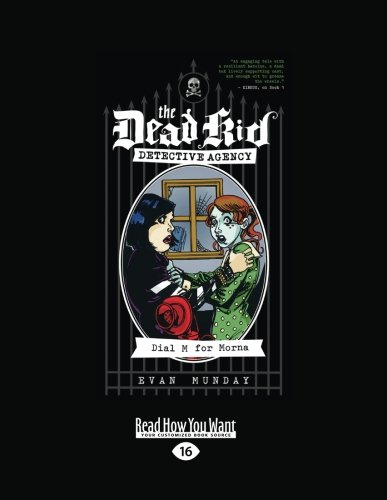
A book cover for Dial M For Morna: The Dead Kid Detective Agency Series; Evan Munday; Teen & Young Adult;